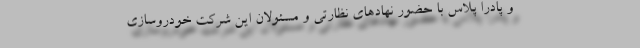
و پادرا پلاس با حضور نهادهای نظارتی و مسئولان این شرکت خودروسازی